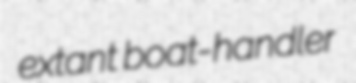
extant boat-handler